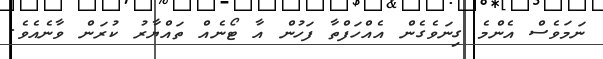
ނަމަވެސް އެންމެ ގިނަވެގެން އެއްހަފްތާ ފަހުން އާ ޓޯނެއް ތައްޔާރު ކުރަން ވާނެއެވެ.